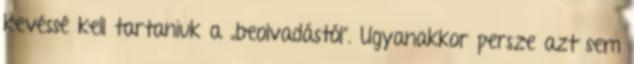
kevéssé kell tartaniuk a „beolvadástól”. Ugyanakkor persze azt sem